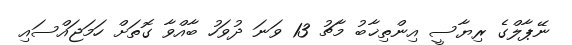
ނޭޕާލްގެ ރިޔާސީ އިންތިޚާބު މާޗު 13 ވަނަ ދުވަހު ބާއްވާ ގޮތަށް ހަމަޖައްސައި